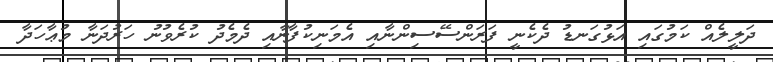
ދަލީލެއް ކަމުގައި އަޅުގަނޑު ދެކެނީ ފަރަންސޭސިންނާއި އެމަނިކުފާނާއި ދެމެދު ކުރެވުނު ހަރުދަނާ މުޢާހަދާ